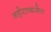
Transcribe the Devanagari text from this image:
जाहीरातबाजीत